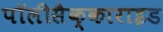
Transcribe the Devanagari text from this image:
पॉलीसैक्काराइड